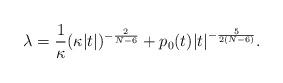
LaTeX: \begin{align*} \lambda = \frac{1}{\kappa}(\kappa|t|)^{-\frac{2}{N-6}} + p_0(t)|t|^{-\frac{5}{2(N-6)}}. \end{align*}